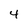
Character: 4